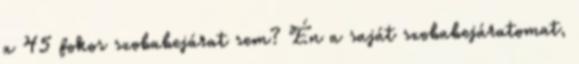
a 45 fokos szobabejárat sem? Én a saját szobabejáratomat,